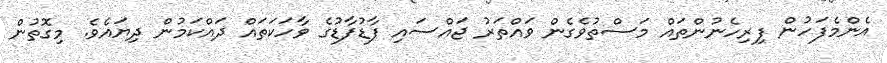
އެންމެފަހުން ފިރިހެނުންތައް މަސްތުވެގެން ވައްތަރު ޖައްސައި ފާޑުފާޑުގެ ވާހަކަތައް ދައްކަމުން ދިޔައެވެ. މިގޮތުން